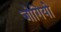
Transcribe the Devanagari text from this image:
जोगियो